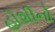
હોશીનો